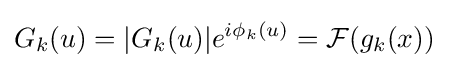
G_{k}(u)=|G_{k}(u)|e^{i\phi _{k}(u)}={\mathcal {F}}(g_{k}(x))